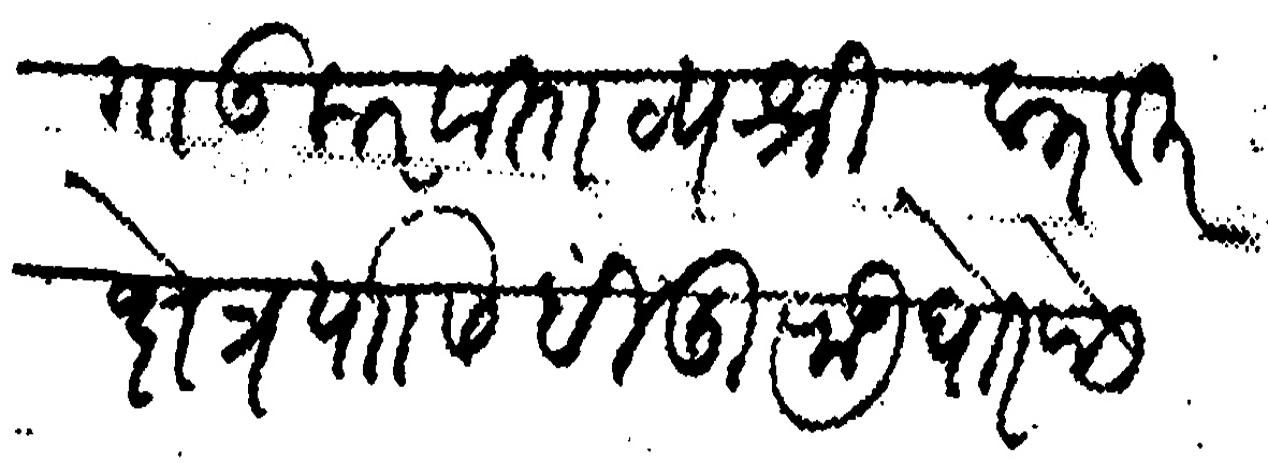
Transliteration (Devanagari): सावगाऊकर वास्तव्य श्री करवीर क्षेत्र यासिं हींदुराऊ घोरपडे